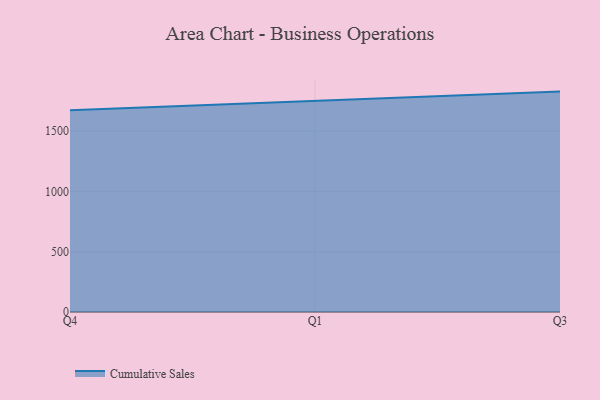
{"axis": {"x": "Quarter", "y": "Waste Production (Tons)"}, "legend": ["Cumulative Sales"], "data": [{"x": "Q4", "y": 1672.2, "type": "Cumulative Sales"}, {"x": "Q1", "y": 1752.8, "type": "Cumulative Sales"}, {"x": "Q3", "y": 1827.8, "type": "Cumulative Sales"}]}